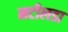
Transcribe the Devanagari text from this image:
मटीलडा